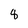
Character: 8